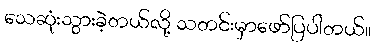
သေဆုံးသွားခဲ့တယ်လို့ သတင်းမှာဖော်ပြပါတယ်။